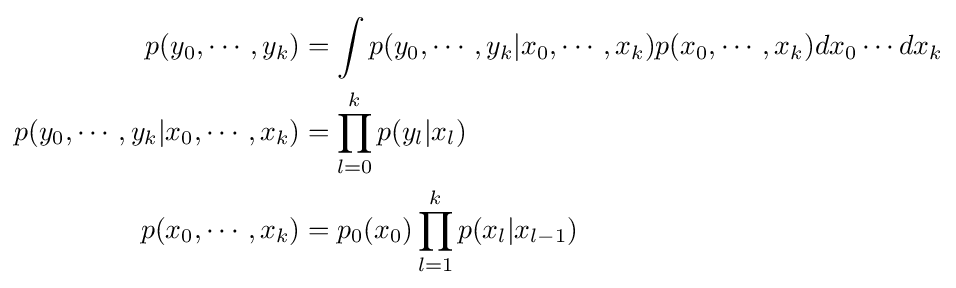
{\begin{aligned}p(y_{0},\cdots ,y_{k})&=\int p(y_{0},\cdots ,y_{k}|x_{0},\cdots ,x_{k})p(x_{0},\cdots ,x_{k})dx_{0}\cdots dx_{k}\\p(y_{0},\cdots ,y_{k}|x_{0},\cdots ,x_{k})&=\prod _{l=0}^{k}p(y_{l}|x_{l})\\p(x_{0},\cdots ,x_{k})&=p_{0}(x_{0})\prod _{l=1}^{k}p(x_{l}|x_{l-1})\end{aligned}}